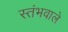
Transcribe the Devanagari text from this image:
स्तंभवाले